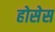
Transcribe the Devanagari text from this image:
होसेस